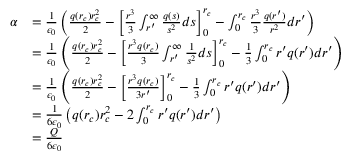
\begin{array} { r l } { \alpha } & { = \frac { 1 } { \epsilon _ { 0 } } \left( \frac { q ( r _ { c } ) r _ { c } ^ { 2 } } { 2 } - \left[ \frac { r ^ { 3 } } { 3 } \int _ { r ^ { \prime } } ^ { \infty } \frac { q ( s ) } { s ^ { 2 } } d s \right] _ { 0 } ^ { r _ { c } } - \int _ { 0 } ^ { r _ { c } } \frac { r ^ { 3 } } { 3 } \frac { q ( r ^ { \prime } ) } { r ^ { 2 } } d r ^ { \prime } \right) } \\ & { = \frac { 1 } { \epsilon _ { 0 } } \left( \frac { q ( r _ { c } ) r _ { c } ^ { 2 } } { 2 } - \left[ \frac { r ^ { 3 } q ( r _ { c } ) } { 3 } \int _ { r ^ { \prime } } ^ { \infty } \frac { 1 } { s ^ { 2 } } d s \right] _ { 0 } ^ { r _ { c } } - \frac { 1 } { 3 } \int _ { 0 } ^ { r _ { c } } r ^ { \prime } q ( r ^ { \prime } ) d r ^ { \prime } \right) } \\ & { = \frac { 1 } { \epsilon _ { 0 } } \left( \frac { q ( r _ { c } ) r _ { c } ^ { 2 } } { 2 } - \left[ \frac { r ^ { 3 } q ( r _ { c } ) } { 3 r ^ { \prime } } \right] _ { 0 } ^ { r _ { c } } - \frac { 1 } { 3 } \int _ { 0 } ^ { r _ { c } } r ^ { \prime } q ( r ^ { \prime } ) d r ^ { \prime } \right) } \\ & { = \frac { 1 } { 6 \epsilon _ { 0 } } \left( q ( r _ { c } ) r _ { c } ^ { 2 } - 2 \int _ { 0 } ^ { r _ { c } } r ^ { \prime } q ( r ^ { \prime } ) d r ^ { \prime } \right) } \\ & { = \frac { Q } { 6 \epsilon _ { 0 } } } \end{array}